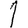
Digit: 1